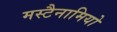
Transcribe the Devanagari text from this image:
मस्टैनामियो